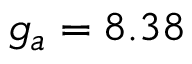
g _ { a } = 8 . 3 8